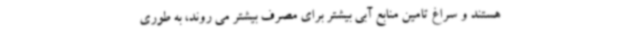
هستند و سراغ تامین منابع آبی بیشتر برای مصرف بیشتر می روند، به طوری